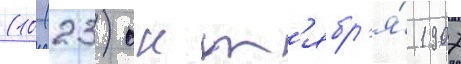
(10 (23) окт'ябр'я́ 1907